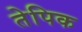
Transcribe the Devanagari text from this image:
तेपिक